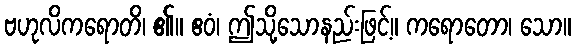
ဗဟုလိကရောတိ၊ ၏။ ဧဝံ၊ ဤသို့သောနည်းဖြင့်။ ကရောတော၊ သော။